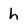
Character: h